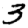
Digit: 3